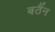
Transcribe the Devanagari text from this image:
बठैंन